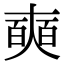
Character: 奭